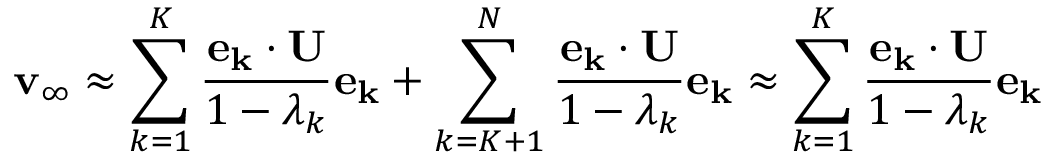
\mathbf { v _ { \infty } } \approx \sum _ { k = 1 } ^ { K } \frac { \mathbf { e _ { k } } \cdot \mathbf { U } } { 1 - \lambda _ { k } } \mathbf { e _ { k } } + \sum _ { k = K + 1 } ^ { N } \frac { \mathbf { e _ { k } } \cdot \mathbf { U } } { 1 - \lambda _ { k } } \mathbf { e _ { k } } \approx \sum _ { k = 1 } ^ { K } \frac { \mathbf { e _ { k } } \cdot \mathbf { U } } { 1 - \lambda _ { k } } \mathbf { e _ { k } }